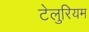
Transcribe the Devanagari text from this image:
टेलुरियम